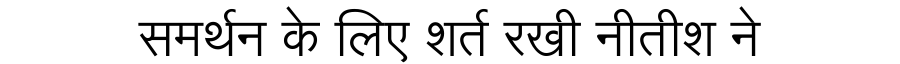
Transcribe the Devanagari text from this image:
समर्थन के लिए शर्त रखी नीतीश ने